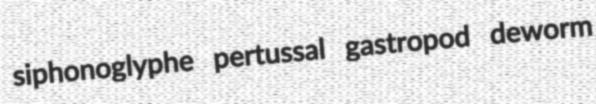
siphonoglyphe pertussal gastropod deworm